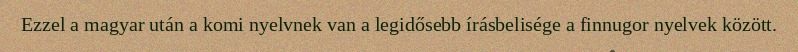
Ezzel a magyar után a komi nyelvnek van a legidősebb írásbelisége a finnugor nyelvek között.